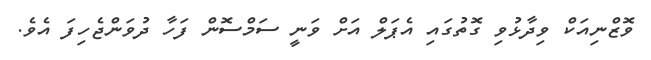
ވޮޒްނިއަކް ވިދާޅުވި ގޮތުގައި އެޕަލް އަށް ވަނީ ސަމްސޮން ފަހާ ދުވަންޖެހިފަ އެވެ.